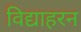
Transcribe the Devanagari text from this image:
विद्याहरन